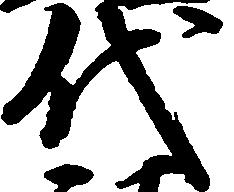
代